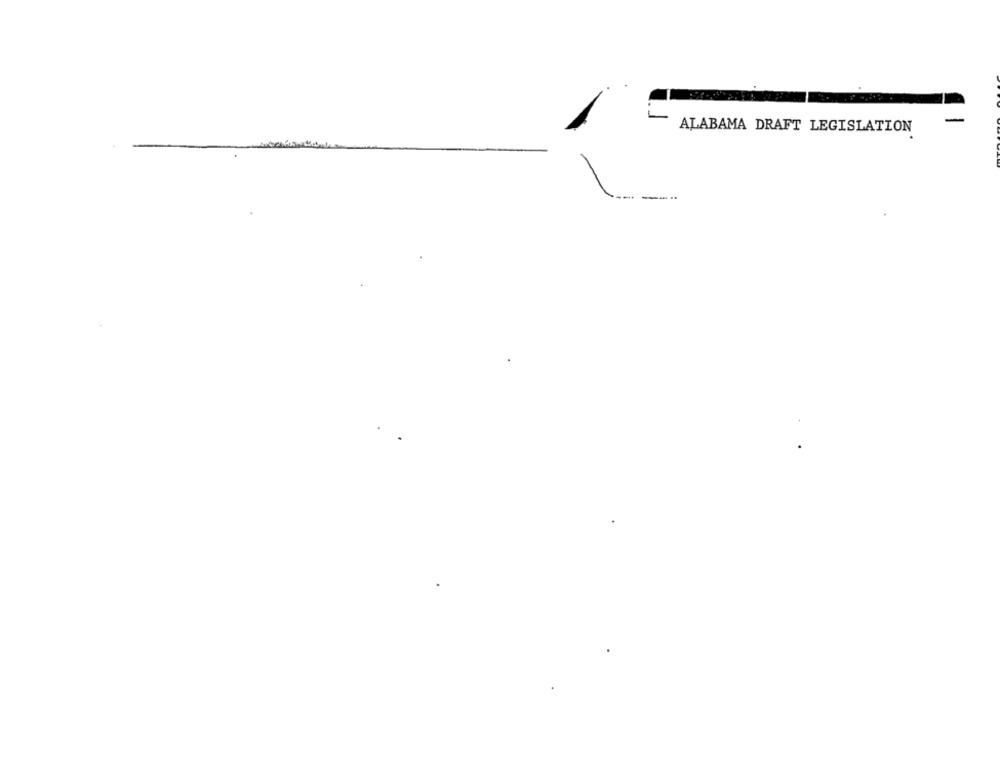
-
ALABAMA DRAFT LEGISLATION